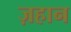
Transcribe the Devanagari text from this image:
ज़हान